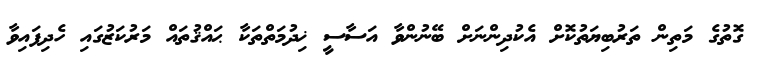
ގޮތުގެ މަތިން ތަރުބިޔަތުކޮށް އެކުދިންނަށް ބޭނުންވާ އަސާސީ ޚިދުމަތްތަކާ ޙައްޤުތައް މަރުކަޒުގައި ހެދިފައިވާ